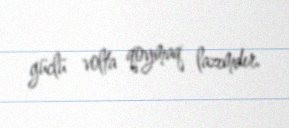
güclü volta qoymaq lazımdır.